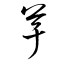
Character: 芋